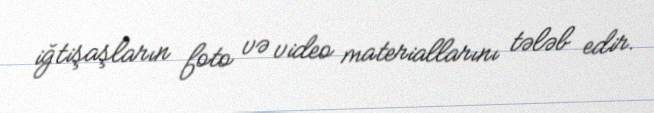
iğtişaşların foto və video materiallarını tələb edir.